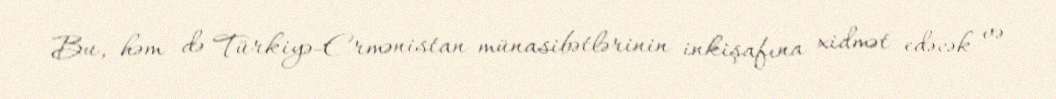
Bu, həm də Türkiyə-Ermənistan münasibətlərinin inkişafına xidmət edəcək və